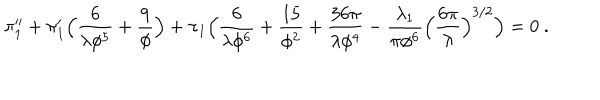
LaTeX: \pi _ { 1 } ^ { \prime \prime } + \pi _ { 1 } ^ { \prime } \Bigl ( { \frac { 6 } { \lambda \phi ^ { 5 } } } + { \frac { 9 } { \phi } } \Bigr ) + \pi _ { 1 } \Bigl ( { \frac { 6 } { \lambda \phi ^ { 6 } } } + { \frac { 1 5 } { \phi ^ { 2 } } } + { \frac { 3 6 \pi } { \lambda \phi ^ { 4 } } } - { \frac { \lambda _ { 1 } } { \pi \phi ^ { 6 } } } \Bigl ( { \frac { 6 \pi } { \lambda } } \Bigr ) ^ { 3 / 2 } \Bigr ) = 0 \ .